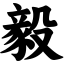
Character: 毅